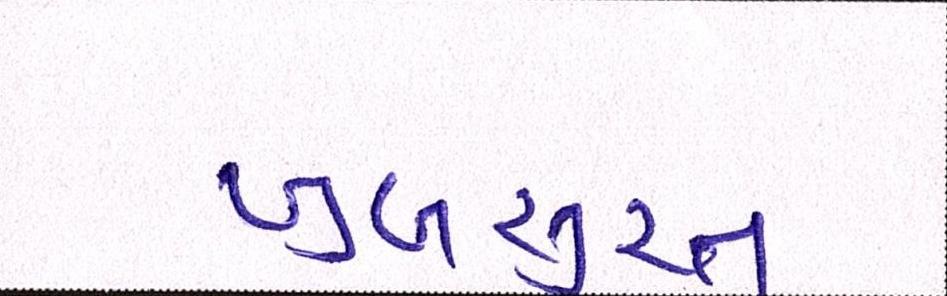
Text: ખુબસુરત